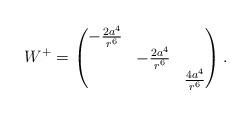
LaTeX: \begin{align*}W^+=\left(\begin{matrix}-\frac{2a^4}{r^6}& &\\&-\frac{2a^4}{r^6}&\\& & \frac{4a^4}{r^6}\end{matrix}\right).\end{align*}